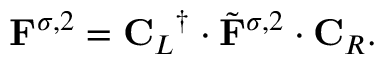
\mathbf { F } ^ { \sigma , 2 } = { \mathbf { C } _ { L } } ^ { \dagger } \cdot \tilde { \mathbf { F } } ^ { \sigma , 2 } \cdot \mathbf { C } _ { R } .